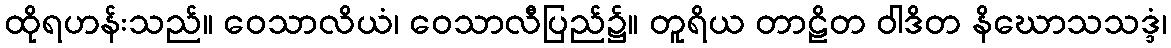
ထိုရဟန်းသည်။ ဝေသာလိယံ၊ ဝေသာလီပြည်၌။ တူရိယ တာဠိတ ဝါဒိတ နိဃောသသဒ္ဒံ၊